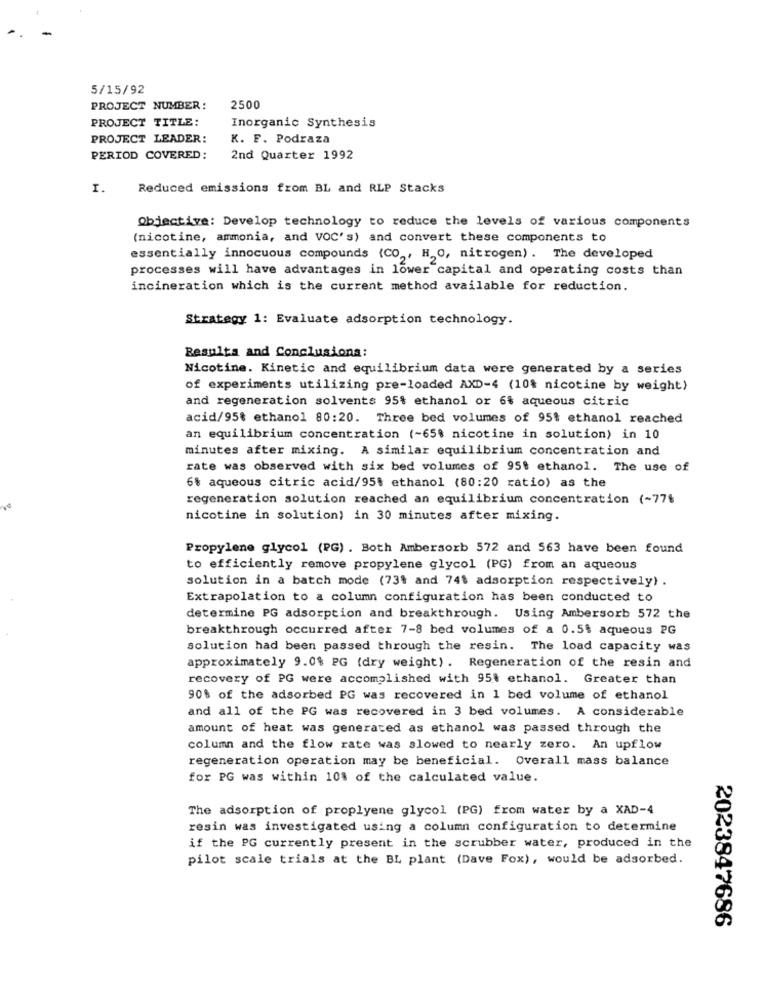
5/15/92
PROJECT NUMBER:
2500
PROJECT TITLE:
Inorganic Synthesis
PROJECT LEADER:
K. F. Podraza
PERIOD COVERED:
2nd Quarter 1992
I.
Reduced emissions from BL and RLP Stacks
Objective: Develop technology to reduce the levels of various components
(nicotine, ammonia, and VOC's) and convert these components to
essentially innocuous compounds (CO ,, H,O, nitrogen) . The developed
processes will have advantages in lower capital and operating costs than
incineration which is the current method available for reduction.
Strategy 1: Evaluate adsorption technology.
Resulta and Conclusions:
Nicotine. Kinetic and equilibrium data were generated by a series
of experiments utilizing pre-loaded AXD-4 (10% nicotine by weight)
and regeneration solvents 95% ethanol or 6$ aqueous citric
acid/95% ethanol 80:20. Three bed volumes of 95% ethanol reached
an equilibrium concentration (~65% nicotine in solution) in 10
minutes after mixing. A similar equilibrium concentration and
rate was observed with six bed volumes of 95% ethanol. The use of
6% aqueous citric acid/95% ethanol (80:20 ratio) as the
regeneration solution reached an equilibrium concentration (~77$
nicotine in solution) in 30 minutes after mixing.
Propylene glycol (PG) . Both Ambersorb 572 and 563 have been found
to efficiently remove propylene glycol (PG) from an aqueous
solution in a batch mode (73% and 74$ adsorption respectively) .
Extrapolation to a column configuration has been conducted to
determine PG adsorption and breakthrough. Using Ambersorb 572 the
breakthrough occurred after 7-8 bed volumes of a 0.5$ aqueous PG
solution had been passed through the resin. The load capacity was
approximately 9.0$ PG (dry weight) . Regeneration of the resin and
recovery of PG were accomplished with 95% ethanol. Greater than
90% of the adsorbed PG was recovered in 1 bed volume of ethanol
and all of the PG was recovered in 3 bed volumes. A considerable
amount of heat was generated as ethanol was passed through the
column and the flow rate was slowed to nearly zero. An upflow
regeneration operation may be beneficial. Overall mass balance
for PG was within 10% of the calculated value.
The adsorption of proplyene glycol (PG) from water by a XAD-4
resin was investigated using a column configuration to determine
if the PG currently present in the scrubber water, produced in the
pilot scale trials at the BL plant (Dave Fox), would be adsorbed.
2023847686